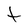
Character: t